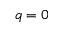
q = 0